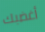
أغضبك